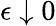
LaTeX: \epsilon\downarrow 0